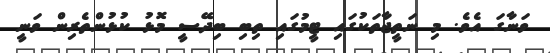
ވަނާގަ އެވެ. މި ނަތީޖާތަކުގައި ޓީމުގައި ތިބި ބިދޭސީ މޮޅު ކުޅުންތެރިން ވަނީ